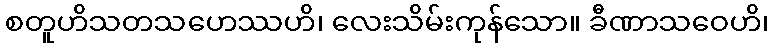
စတူဟိသတသဟေဿဟိ၊ လေးသိမ်းကုန်သော။ ခီဏာသဝေဟိ၊